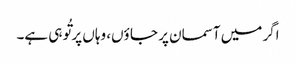
اگر میں آسمان پر جا ؤں، وہاں پر تُو ہی ہے۔